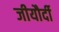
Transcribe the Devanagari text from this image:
जीयौर्दी